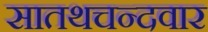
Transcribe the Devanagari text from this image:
सातथचन्दवार